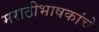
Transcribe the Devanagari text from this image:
मराठीभाषकांचे